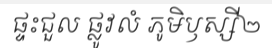
ផ្ទះជួល ផ្លូវលំ ភូមិឫស្សី២